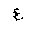
Letter: _ayn